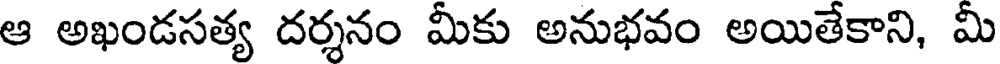
ఆ అఖండసత్య దర్శనం మీకు అనుభవం అయితేకాని, మీ